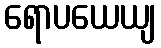
ရောပယေယျ